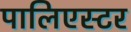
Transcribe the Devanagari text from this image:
पालिएस्टर